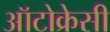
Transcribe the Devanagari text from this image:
ऑटोक्रेसी